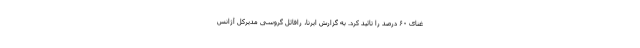
غنای ۶۰ درصد را تائید کرد. به گزارش ایرنا، رافائل گروسی مدیرکل آژانس